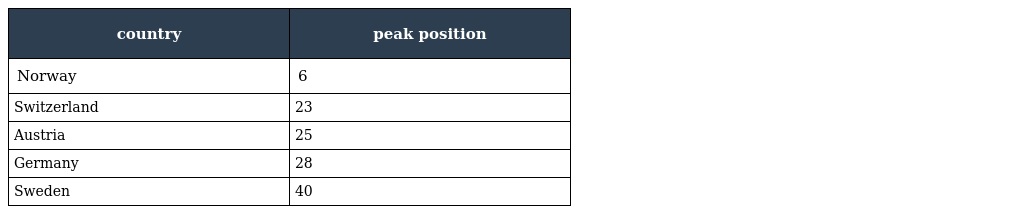
| country | peak position |
 | --- | --- |
 | Norway | 6 |
 | Switzerland | 23 |
 | Austria | 25 |
 | Germany | 28 |
 | Sweden | 40 |